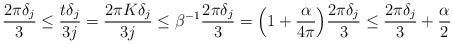
LaTeX: \begin{align*} \frac{2\pi \delta_j}{3} \le \frac{t \delta_j}{3j} = \frac{2 \pi K \delta_j}{3j} \le \beta^{-1} \frac{2\pi \delta_j}{3} = \Big(1 + \frac{\alpha}{4\pi}\Big) \frac{2\pi \delta_j}{3} \le \frac{2\pi \delta_j}{3} + \frac{\alpha}{2}\end{align*}